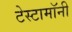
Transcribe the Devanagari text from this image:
टेस्टामॉनी